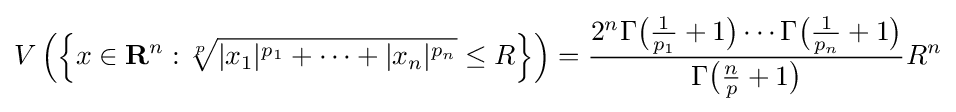
V\left(\left\{x\in \mathbf {R} ^{n}:{\sqrt[{p}]{\vert x_{1}\vert ^{p_{1}}+\cdots +\vert x_{n}\vert ^{p_{n}}}}\leq R\right\}\right)={\frac {2^{n}\Gamma {\bigl (}{\tfrac {1}{p_{1}}}+1{\bigr )}\cdots \Gamma {\bigl (}{\tfrac {1}{p_{n}}}+1{\bigr )}}{\Gamma {\bigl (}{\tfrac {n}{p}}+1{\bigr )}}}R^{n}